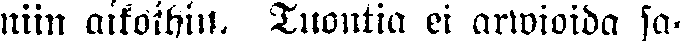
niin aikoihin. Tuontia ei arwioida sa-